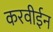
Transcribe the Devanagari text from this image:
करवीईन